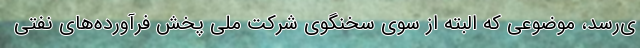
ی‌رسد، موضوعی که البته از سوی سخنگوی شرکت ملی پخش فرآورده‌های نفتی